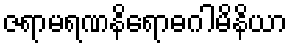
ဇရာမရဏနိရောဓဂါမိနိယာ